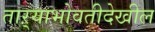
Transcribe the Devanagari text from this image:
ताऱ्याभोवतीदेखील